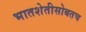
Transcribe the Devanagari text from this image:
भातशेतीसोबतच